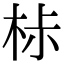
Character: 𣐹